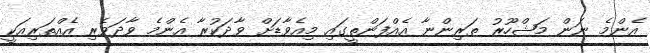
އެންމެ ނަން މަޝްހޫރު ތަރިންނާ އެއްފަންތީގައި މިއެވާޑަށް ވާދަކުރާ އެންމެ ވާދަވެރި އެއްތަރިއަކީ